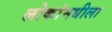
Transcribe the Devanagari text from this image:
लोकांमधीला